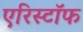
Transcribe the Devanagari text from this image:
एरिस्टॉफ